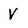
Character: V